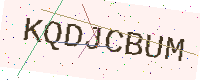
Text: KQDJCBUM